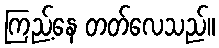
ကြည့်နေ တတ်လေသည်။